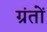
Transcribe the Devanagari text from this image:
ग्रंतों